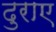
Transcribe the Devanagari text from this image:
दुराए